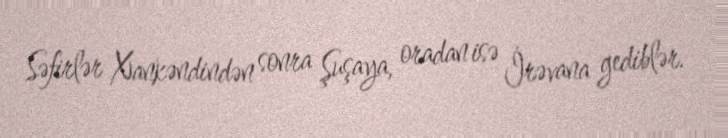
Səfirlər Xankəndindən sonra Şuşaya, oradan isə İrəvana gediblər.